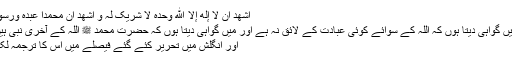
اَشْهَدْ اَنْ لَّا إِلٰهَ إِلَّا اللّٰهُ وَحْدَهُ لا شَرِيکَ لَہُ وَ اَشْھَدْ اَنَّ مُحَمَّداً عَبْدُہٗ وَرَسُوْلُهٗ
"میں گواہی دیتا ہوں کہ اللہ کے سوائے کوئی عبادت کے لائق نہ ہے اور میں گواہی دیتا ہوں کہ حضرت محمد ﷺ اللہ کے آخری نبی ہیں”
اور انگلش میں تحریر کئے گئے فیصلے میں اس کا ترجمہ لکھا۔